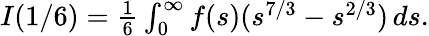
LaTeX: \begin{array}{r}{I(1/6)=\frac{1}{6}\int_{0}^{\infty}f(s)(s^{7/3}-s^{2/3})\, ds.}\end{array}